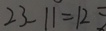
2 3 - 1 1 = 1 2 =